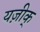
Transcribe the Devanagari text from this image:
यज़ीक्